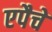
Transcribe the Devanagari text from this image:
एपैचे